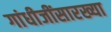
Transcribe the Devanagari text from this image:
गांधीजींसारख्या